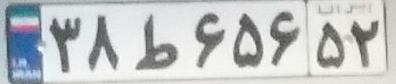
۳۸ط۶۵۶۵۲